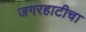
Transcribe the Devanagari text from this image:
जगरहाटीचा